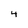
Character: 4